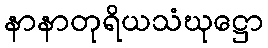
နာနာတုရိယသံဃုဋ္ဌော